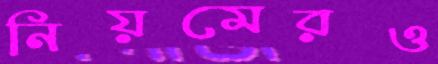
নিয়মেরও